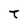
Character: T